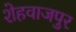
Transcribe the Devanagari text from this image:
शेहवाजपुर